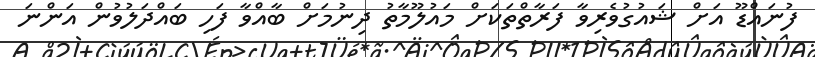
ފުނައްޑޫ އަށް ޝައުގުވެރިވާ ފަރާތްތަކަށް މައުލޫމާތު ދިނުމަށް ބާއްވާ ފަހި ބައްދަލުވުން އަންނަ